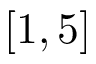
[ 1 , 5 ]